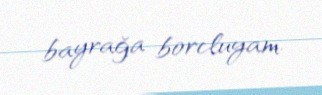
bayrağa borcluyam.